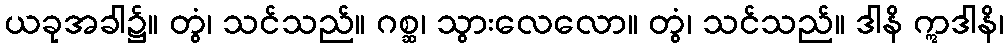
ယခုအခါ၌။ တွံ၊ သင်သည်။ ဂစ္ဆ၊ သွားလေလော။ တွံ၊ သင်သည်။ ဒါနိ ဣဒါနိ၊